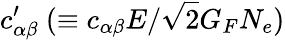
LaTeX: c_{\alpha\beta}^{\prime}~(\equiv c_{\alpha\beta}E/\sqrt{2}G_{F}N_{e})